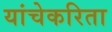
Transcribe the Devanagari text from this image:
यांचेकरिता